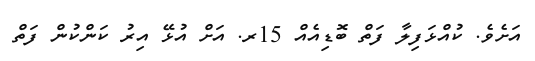
އަށެވެ. ކުއްޅަފިލާ ފަތް ބޮޑިއެއް 15ރ. އަށް އުޅޭ އިރު ކަންކުން ފަތް